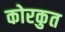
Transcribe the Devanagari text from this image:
कोरकुत